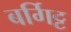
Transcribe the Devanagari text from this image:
बर्गिट्ट